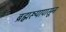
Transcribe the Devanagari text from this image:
ब्रह्मरूपापासून